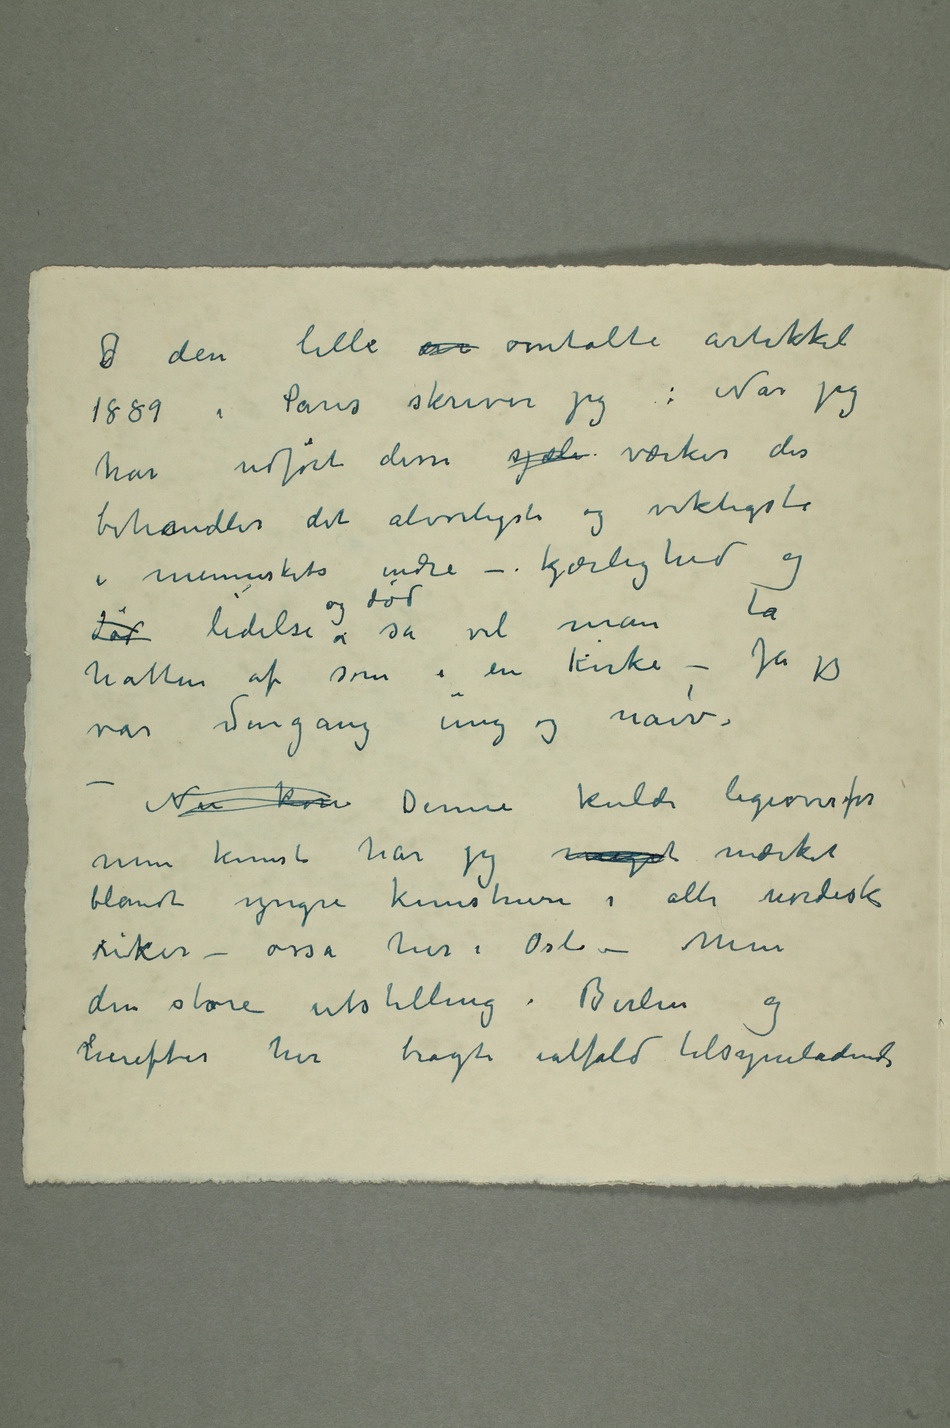
dI den lille ar omtalte artikkel
1889 i Paris skriver jeg: Når jeg
har udført disse sjæle værker der
behandler det alvorligste og viktigste
i menneskets indre – kjærlighed og
død lidelse og død så vil man
hatten af som i en kirke – Ja jeg
var dengang ung og naiv –
min kunst har jeg meget mærket
blandt yngre kunstnere i alle nordiske riker
derefter her bragte ialfald tilsynelatende